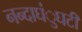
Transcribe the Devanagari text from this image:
नन्दाघंुघटी